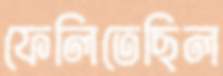
ফেলিতেছিল